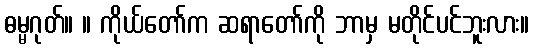
ဓမ္မဂုတ်။ ။ ကိုယ်တော်က ဆရာတော်ကို ဘာမှ မတိုင်ပင်ဘူးလား။